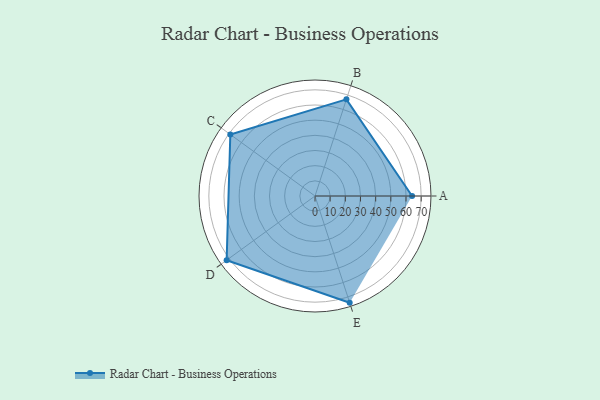
{"axis": {"x": "Skill", "y": "Score"}, "legend": ["Profile"], "data": [{"x": "A", "y": 64.0, "type": "Profile"}, {"x": "B", "y": 67.0, "type": "Profile"}, {"x": "C", "y": 69.0, "type": "Profile"}, {"x": "D", "y": 72.0, "type": "Profile"}, {"x": "E", "y": 74.0, "type": "Profile"}]}